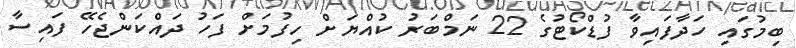
ބިމުގައި ހަދާފައިވާ ފުޑްކޯޓުގެ 22 ނަމްބަރު ކުއްޔަށް ހިފުމަށް ފަހު ދައްކަންޖެހޭ ފައިސާ